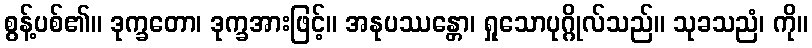
စွန့်ပစ်၏။ ဒုက္ခတော၊ ဒုက္ခအားဖြင့်။ အနုပဿန္တော၊ ရှုသောပုဂ္ဂိုလ်သည်။ သုခသညံ၊ ကို။